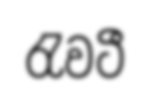
රැවටී